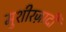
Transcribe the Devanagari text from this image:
मुशीरज़ादी